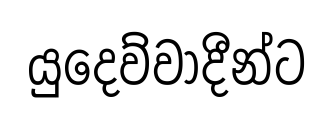
යුදෙව්වාදීන්ට